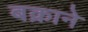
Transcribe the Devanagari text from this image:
बक्राने